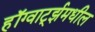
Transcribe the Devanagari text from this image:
हॉग्वार्ट्झमधील